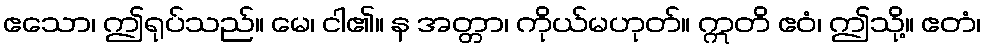
ဧသော၊ ဤရုပ်သည်။ မေ၊ ငါ၏။ န အတ္တာ၊ ကိုယ်မဟုတ်။ ဣတိ ဧဝံ၊ ဤသို့။ ဧတံ၊